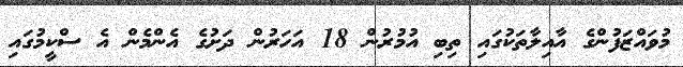
މުވައްޒަފުންގެ އާއިލާތަކުގައި ތިބި އުމުރުން 18 އަހަރުން ދަށުގެ އެންމެން އެ ސްކީމުގައި